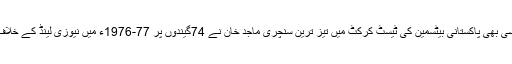
مصباح الحق سے قبل کسی بھی پاکستانی بیٹسمین کی ٹیسٹ کرکٹ میں تیز ترین سنچری ماجد خان نے 74گیندوں پر 77-1976ء میں نیوزی لینڈ کے خلاف کراچی میں بنائی تھی۔